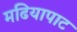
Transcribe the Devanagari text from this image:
मढियापाट